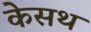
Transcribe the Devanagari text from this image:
केसथ